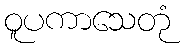
ဝူပကာသေတုံ